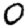
Digit: 0